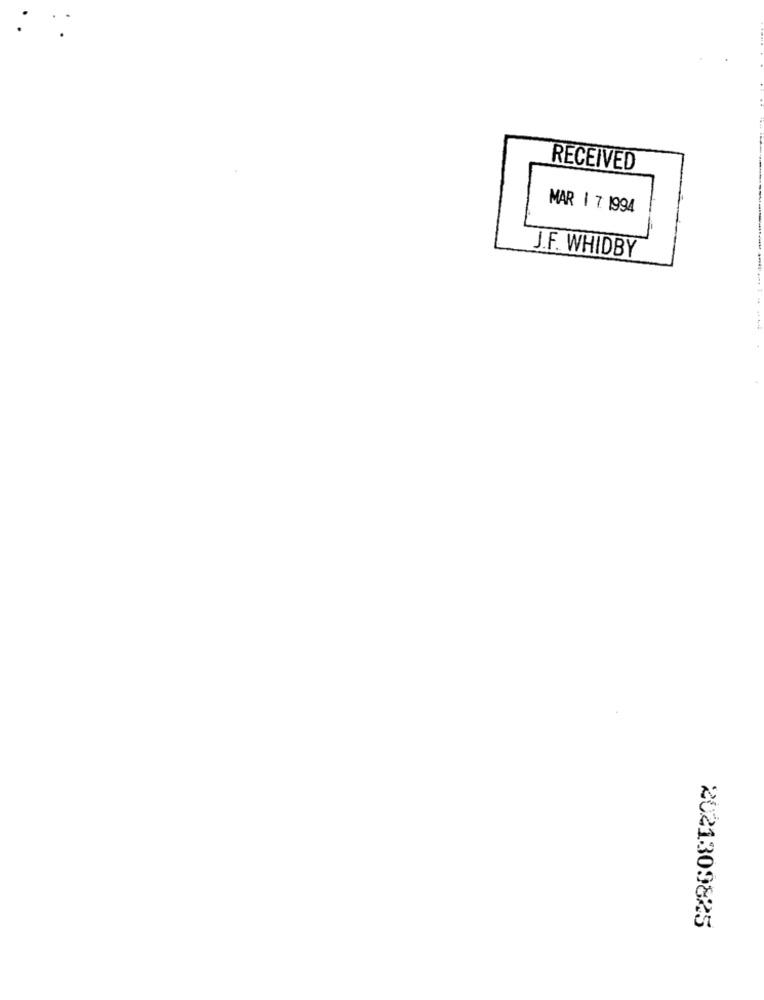
RECEIVED
MAR | 7: 1994
J.F. WHIDBY
2021309825